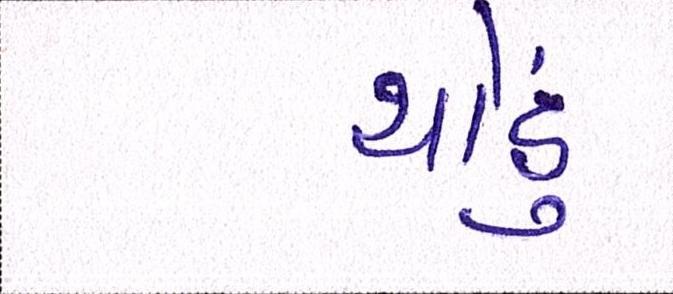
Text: થોડું